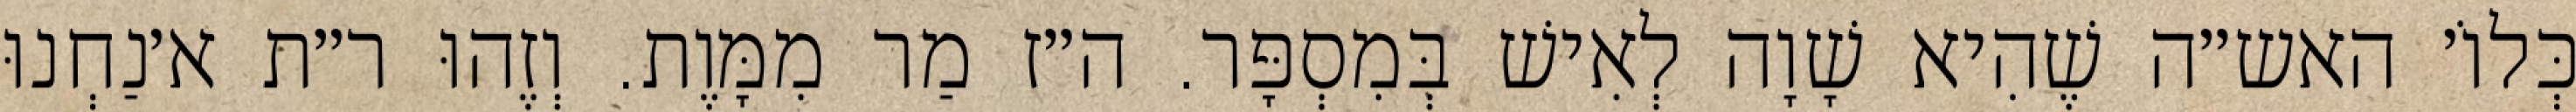
כְּלוֹ׳ האש״ה שֶׁהִיא שָׁוָה לְאִישׁ בְּמִסְפָּר. ה״ז מַר מִמָּוֶת. וְזֶהוּ ר״ת א׳נַחְנוּ